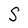
Character: S